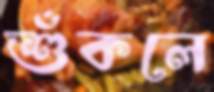
শুঁকলে